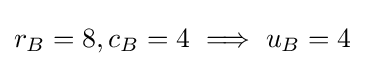
r_{B}=8,c_{B}=4\implies u_{B}=4